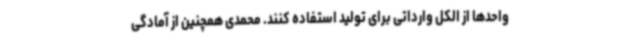
واحدها از الکل وارداتی برای تولید استفاده کنند. محمدی همچنین از آمادگی